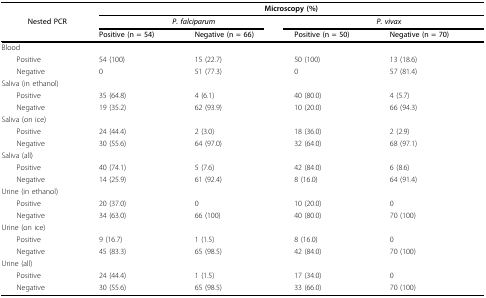
|  | <COLSPAN=4> Microscopy (%) |
 | Nested PCR | <COLSPAN=2> P. falciparum | <COLSPAN=2> P. vivax |
 |  | Positive (n = 54) | Negative (n = 66) | Positive (n = 50) | Negative (n = 70) |
 | --- | --- | --- | --- | --- |
 | Blood |  |  |  |  |
 | Positive | 54 (100) | 15 (22.7) | 50 (100) | 13 (18.6) |
 | Negative | 0 | 51 (77.3) | 0 | 57 (81.4) |
 | Saliva (in ethanol) |  |  |  |  |
 | Positive | 35 (64.8) | 4 (6.1) | 40 (80.0) | 4 (5.7) |
 | Negative | 19 (35.2) | 62 (93.9) | 10 (20.0) | 66 (94.3) |
 | Saliva (on ice) |  |  |  |  |
 | Positive | 24 (44.4) | 2 (3.0) | 18 (36.0) | 2 (2.9) |
 | Negative | 30 (55.6) | 64 (97.0) | 32 (64.0) | 68 (97.1) |
 | Saliva (all) |  |  |  |  |
 | Positive | 40 (74.1) | 5 (7.6) | 42 (84.0) | 6 (8.6) |
 | Negative | 14 (25.9) | 61 (92.4) | 8 (16.0) | 64 (91.4) |
 | Urine (in ethanol) |  |  |  |  |
 | Positive | 20 (37.0) | 0 | 10 (20.0) | 0 |
 | Negative | 34 (63.0) | 66 (100) | 40 (80.0) | 70 (100) |
 | Urine (on ice) |  |  |  |  |
 | Positive | 9 (16.7) | 1 (1.5) | 8 (16.0) | 0 |
 | Negative | 45 (83.3) | 65 (98.5) | 42 (84.0) | 70 (100) |
 | Urine (all) |  |  |  |  |
 | Positive | 24 (44.4) | 1 (1.5) | 17 (34.0) | 0 |
 | Negative | 30 (55.6) | 65 (98.5) | 33 (66.0) | 70 (100) |